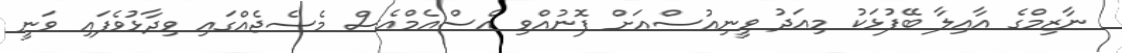
ނާޒިމްގެ އާއިލާ ބޭފުޅަކު މިއަދު ވީނިއުސްއަށް ފޮނުއްވި އެސްއެމްއެސް މެސެޖެއްގައި ވިދާޅުވެފައި ވަނީ